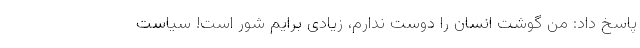
پاسخ داد: من گوشت انسان را دوست ندارم، زیادی برایم شور است! سیاست